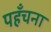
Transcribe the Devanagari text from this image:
पहँचना